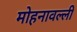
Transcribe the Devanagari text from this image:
मोहनावल्ली